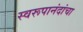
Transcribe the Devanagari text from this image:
स्वरूपानंदांचा